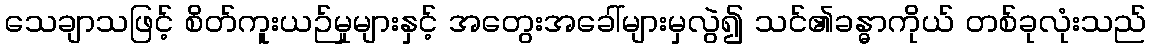
သေချာသဖြင့် စိတ်ကူးယဉ်မှုများနှင့် အတွေးအခေါ်များမှလွဲ၍ သင်၏ခန္ဓာကိုယ် တစ်ခုလုံးသည်